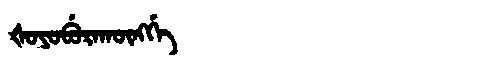
Manchu: ᡧᠣᠶᠣᠪᡠᡵᠠᡴᡡᠩᡤᡝ
Romanization: ŠOYOBURAKŪNGGE